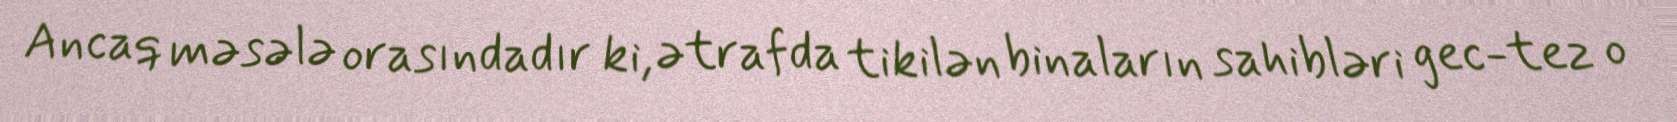
Ancaq məsələ orasındadır ki, ətrafda tikilən binaların sahibləri gec-tez o